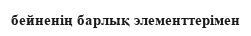
бейненің барлық элементтерімен